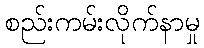
စည်းကမ်းလိုက်နာမှု